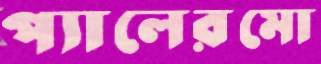
প্যালেরমো